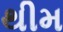
થીમ